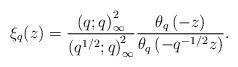
LaTeX: \begin{align*} \xi_{q}(z)=\frac{\left(q;q\right)_{\infty}^{2}}{\left(q^{1/2};q\right)_{\infty}^{\!2}}\frac{\theta_{q}\left(-z\right)}{\theta_{q}\left(-q^{-1/2}z\right)}. \end{align*}